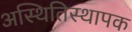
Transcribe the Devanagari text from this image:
अस्थितिस्थापक